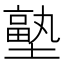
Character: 𭏼